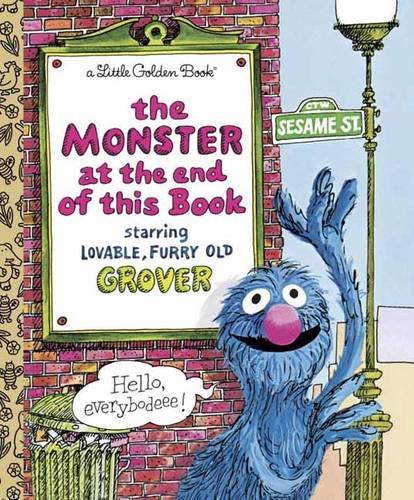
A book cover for The Monster at the End of This Book; Jon Stone; Children's Books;